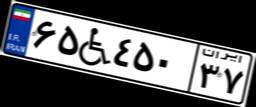
۶۱W۰۸۲۵۸